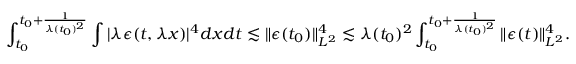
\int _ { t _ { 0 } } ^ { t _ { 0 } + \frac { 1 } { \lambda ( t _ { 0 } ) ^ { 2 } } } \int | \lambda \epsilon ( t , \lambda x ) | ^ { 4 } d x d t \lesssim \| \epsilon ( t _ { 0 } ) \| _ { L ^ { 2 } } ^ { 4 } \lesssim \lambda ( t _ { 0 } ) ^ { 2 } \int _ { t _ { 0 } } ^ { t _ { 0 } + \frac { 1 } { \lambda ( t _ { 0 } ) ^ { 2 } } } \| \epsilon ( t ) \| _ { L ^ { 2 } } ^ { 4 } .